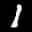
Label: 1